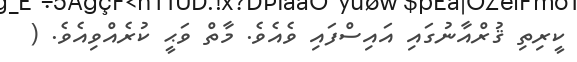
ކީރިތި ޤުރްއާނުގައި އައިސްފައި ވެއެވެ. މާތް ވަޙީ ކުރެއްވިއެވެ. (